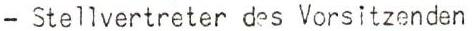
- Stellvertreter des Vorsitzenden